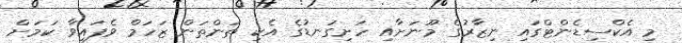
މި އެކްސިޑެންޓްގައި ނިޒާރުގެ މޫނަށާއި ހަށިގަނޑުގެ އެކި ތަންތަން ޒަހަމް ވެފައިވާ ކަމަށް